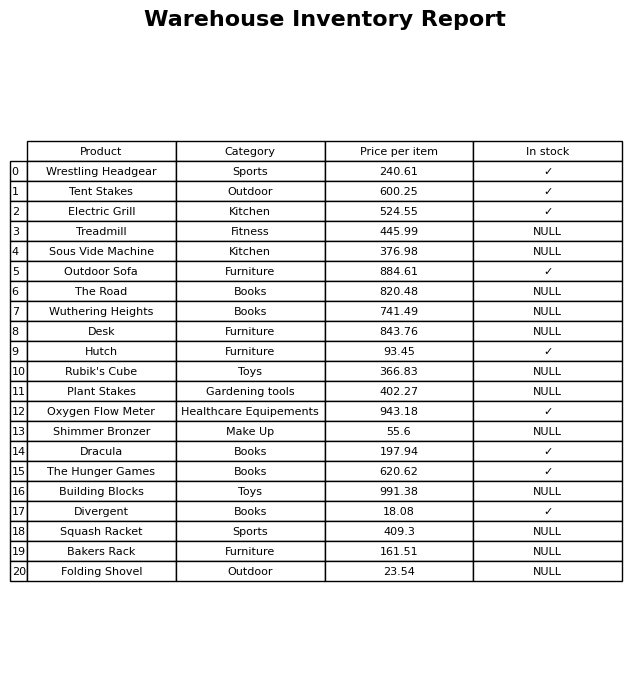
question: What is the price for Outdoor Sofa?
answer: The price of Outdoor Sofa is 884.61.